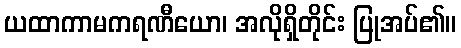
ယထာကာမကရဏီယော၊ အလိုရှိတိုင်း ပြုအပ်၏။